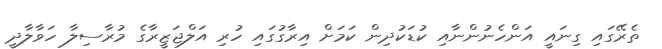
ތެރޭގައި ގިނައީ އަންހެނުންނާއި ކުޑަކުދިން ކަމަށް އިރާގުގައި ހުރި އަލްޖަޒީރާގެ މުރާސިލާ ހަވާލާދީ